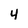
Character: 4